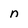
Character: n